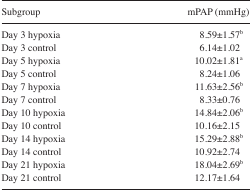
<table><thead><tr><td><b>Subgroup</b></td><td><b>mPAP (mmHg)</b></td></tr></thead><tbody><tr><td>Day 3 hypoxia</td><td>8.59±1.57b</td></tr><tr><td>Day 3 control</td><td>6.14±1.02</td></tr><tr><td>Day 5 hypoxia</td><td>10.02±1.81a</td></tr><tr><td>Day 5 control</td><td>8.24±1.06</td></tr><tr><td>Day 7 hypoxia</td><td>11.63±2.56b</td></tr><tr><td>Day 7 control</td><td>8.33±0.76</td></tr><tr><td>Day 10 hypoxia</td><td>14.84±2.06b</td></tr><tr><td>Day 10 control</td><td>10.16±2.15</td></tr><tr><td>Day 14 hypoxia</td><td>15.29±2.88b</td></tr><tr><td>Day 14 control</td><td>10.92±2.74</td></tr><tr><td>Day 21 hypoxia</td><td>18.04±2.69b</td></tr><tr><td>Day 21 control</td><td>12.17±1.64</td></tr></tbody></table>